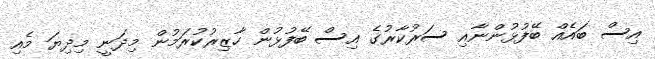
އިސް ބައެއް ބޭފުޅުންނާއި ސަރުކާރުގެ އިސް ބޭފުޅުން ހާޒިރުކުރަމުން މިދަނީ މިދިޔަ މެއި